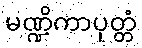
မဏ္ဍိကာပုတ္တံ